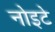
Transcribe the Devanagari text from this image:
नोइटे